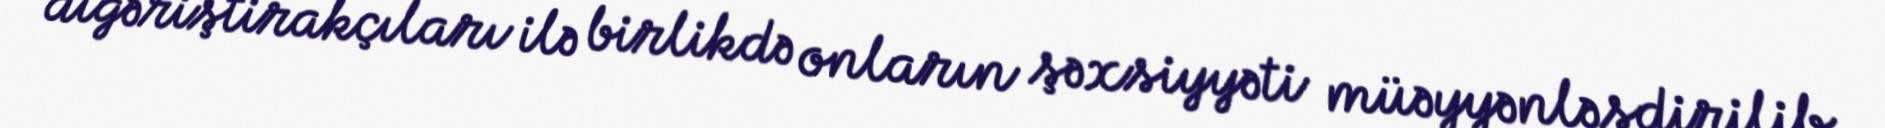
digəriştirakçıları ilə birlikdə onların şəxsiyyəti müəyyənləşdirilib.